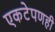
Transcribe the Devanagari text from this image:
एकटेपणही